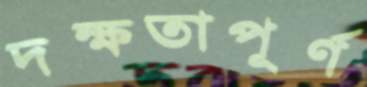
দক্ষতাপূর্ণ